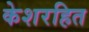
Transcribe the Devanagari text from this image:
केशरहित